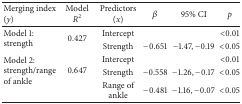
<table><thead><tr><td><b>Merging index (<i>y</i>)</b></td><td><b>Model <i>R</i><sup>2</sup></b></td><td><b>Predictors (<i>x</i>)</b></td><td><b><i>β</i></b></td><td><b>95% CI</b></td><td><b><i>p</i></b></td></tr></thead><tbody><tr><td rowspan="2">Model 1: strength</td><td rowspan="2">0.427</td><td>Intercept</td><td> </td><td> </td><td>&lt;0.01</td></tr><tr><td>Strength</td><td>−0.651</td><td>−1.47, −0.19</td><td>&lt;0.05</td></tr><tr><td rowspan="3">Model 2: strength/range of ankle</td><td rowspan="3">0.647</td><td>Intercept</td><td> </td><td> </td><td>&lt;0.01</td></tr><tr><td>Strength</td><td>−0.558</td><td>−1.26, −0.17</td><td>&lt;0.05</td></tr><tr><td>Range of ankle</td><td>−0.481</td><td>−1.16, −0.07</td><td>&lt;0.05</td></tr></tbody></table>